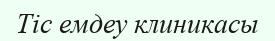
Тіс емдеу клиникасы